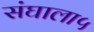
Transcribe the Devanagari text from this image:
संघाला५